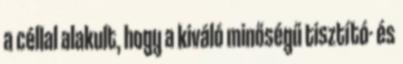
a céllal alakult, hogy a kiváló minőségű tisztító- és